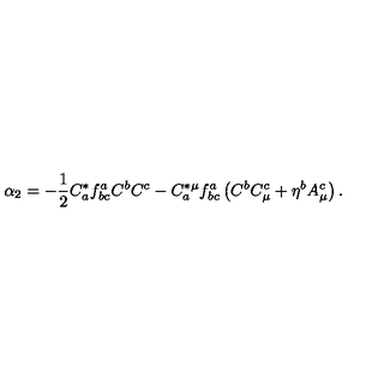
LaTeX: \alpha _ { 2 } = - \frac { 1 } { 2 } C _ { a } ^ { * } f _ { b c } ^ { a } C ^ { b } C ^ { c } - C _ { a } ^ { * \mu } f _ { b c } ^ { a } \left( C ^ { b } C _ { \mu } ^ { c } + \eta ^ { b } A _ { \mu } ^ { c } \right) .